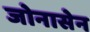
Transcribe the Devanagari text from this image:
जोनासेन